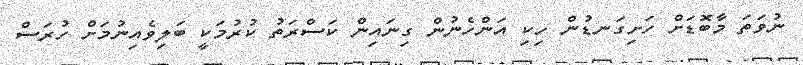
ނުވަތަ މާބޮޑަށް ހަށިގަނޑުން ހިކި އަންހެނުން ގިނައިން ކަސްރަތު ކުރުމަކީ ބަލިވެއިނުމަށް ހުރަސް